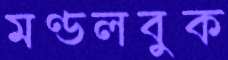
মণ্ডলবুক